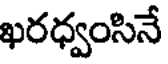
ఖరధ్వంసినే